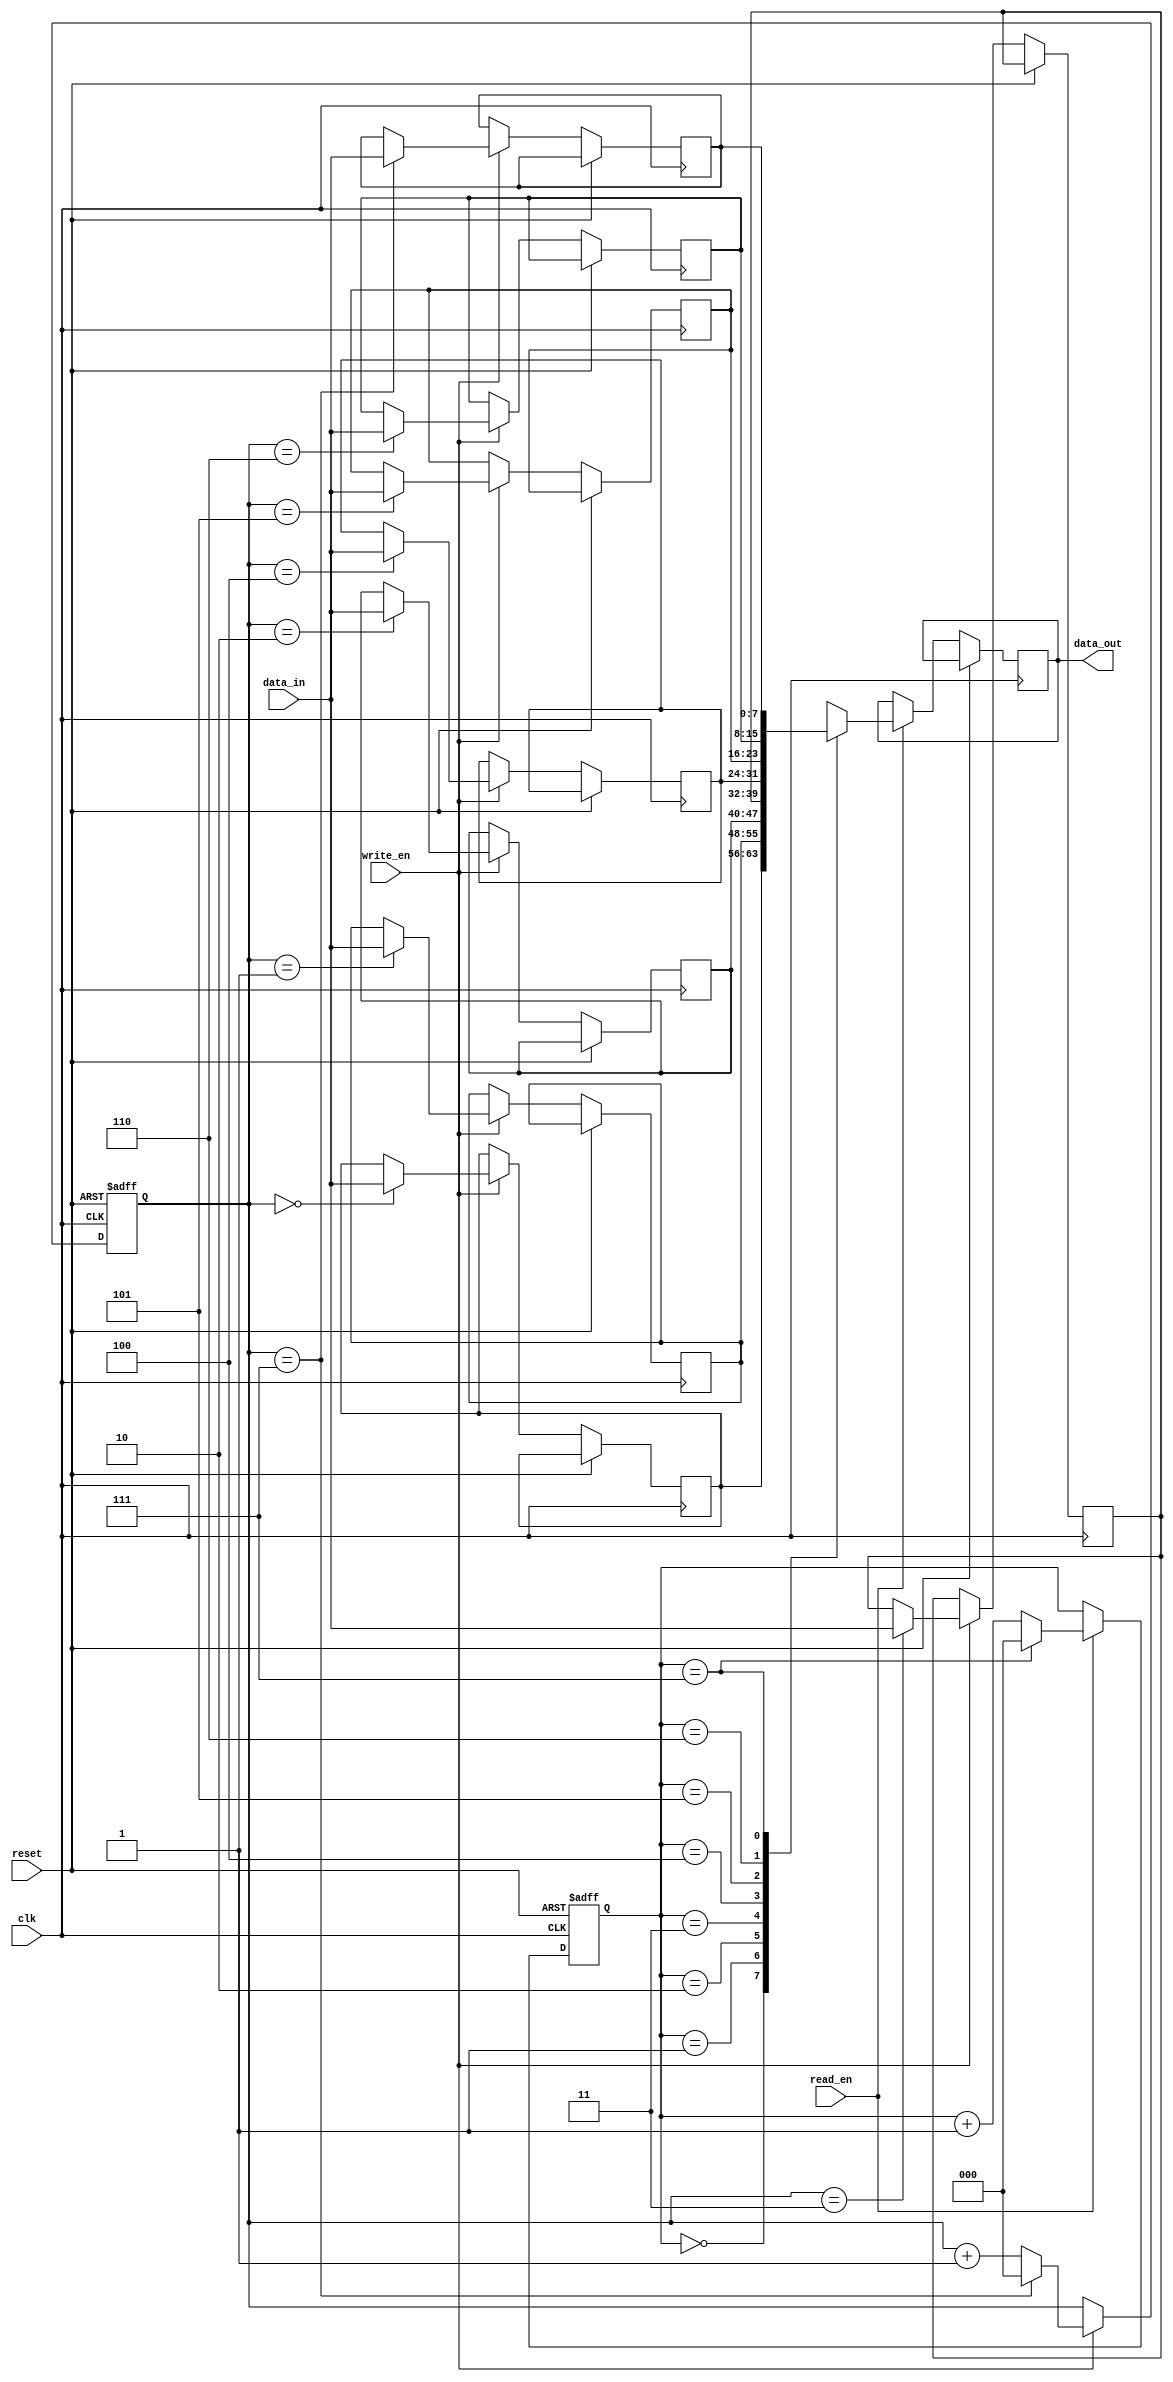
module fifo (
    input clk,
    input reset,
    input write_en,
    input read_en,
    input [7:0] data_in,
    output reg [7:0] data_out
);

parameter BUFFER_SIZE = 8; // Size of the buffer
reg [7:0] buffer[BUFFER_SIZE - 1:0]; // Buffer to hold data
reg [2:0] write_ptr = 0; // Write pointer
reg [2:0] read_ptr = 0; // Read pointer

always @(posedge clk or posedge reset) begin
    if (reset) begin
        write_ptr <= 0;
        read_ptr <= 0;
    end else begin
        if (write_en) begin
            buffer[write_ptr] <= data_in;
            write_ptr <= (write_ptr == BUFFER_SIZE - 1) ? 0 : write_ptr + 1;
        end
        if (read_en) begin
            data_out <= buffer[read_ptr];
            read_ptr <= (read_ptr == BUFFER_SIZE - 1) ? 0 : read_ptr + 1;
        end
    end
end

endmodule